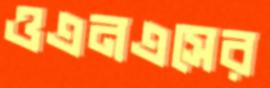
ওএনএসের